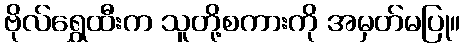
ဗိုလ်ရွှေထီးက သူတို့စကားကို အမှတ်မပြု။